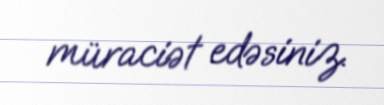
müraciət edəsiniz.